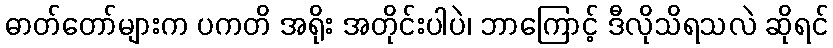
ဓာတ်တော်များက ပကတိ အရိုး အတိုင်းပါပဲ၊ ဘာကြောင့် ဒီလိုသိရသလဲ ဆိုရင်